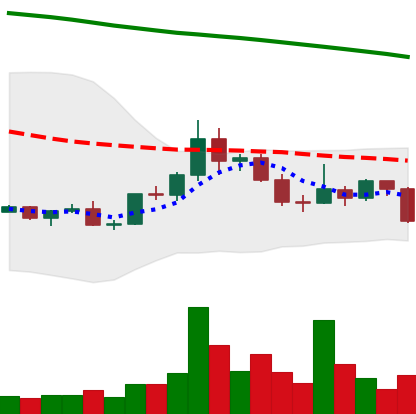
Ticker: DOGE-USD
Chart end date: 2022-02-17
Forward return: -5.051%
Label: down_5_7